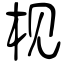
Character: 枧